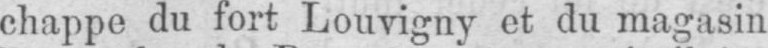
chappe du fort Louvigny et du magasin